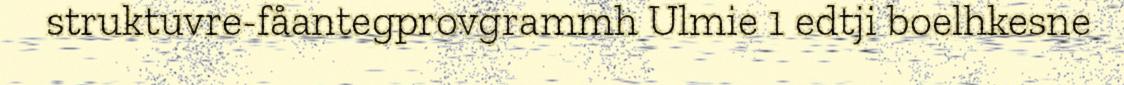
struktuvre-fåantegprovgrammh Ulmie 1 edtji boelhkesne